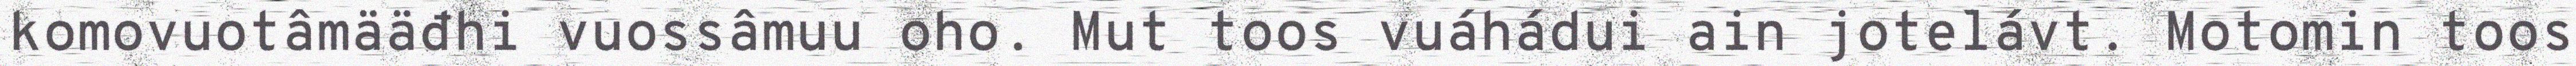
komovuotâmääđhi vuossâmuu oho. Mut toos vuáhádui ain jotelávt. Motomin toos